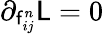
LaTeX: \partial_{\mathsf{f}_{ij}^{n}}\mathsf{L}=0